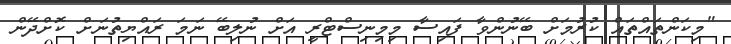
"މިކަންތައްތައް ކުރުމަށް ބޭނުންވާ ފައިސާ މިމިނިސްޓްރީ އަށް ނުލިބޭ ނަމަ ރައްޔިތުނަށް ކޮށްދޭން